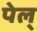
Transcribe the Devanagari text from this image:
पेल्